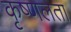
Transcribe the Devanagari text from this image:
कृष्णलता